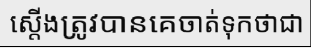
ស្តើងត្រូវបានគេចាត់ទុកថាជា